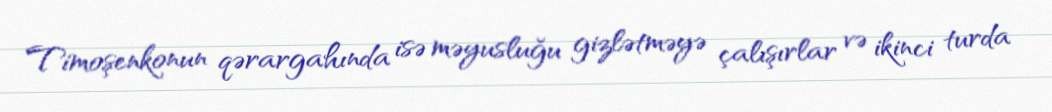
Timoşenkonun qərargahında isə məyusluğu gizlətməyə çalışırlar və ikinci turda